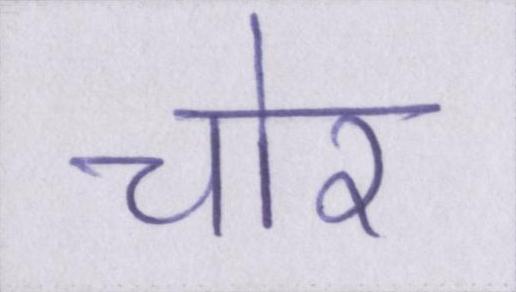
चोर